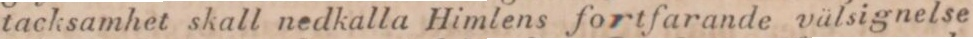
tacksamhet skall nedkalla Himlens fortfarande välsignelse